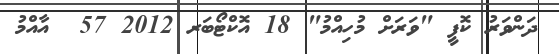
ދަންވަރު ކޮފީ "ވަރަށް މުހިއްމު" 18 އޮކްޓޯބަރ 2012 57  އާއްމު